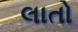
લાતો